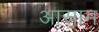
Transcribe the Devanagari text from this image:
अासाम